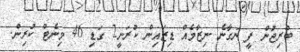
ބްރިޖުން ފީ ނަގާނެ ނިޒާމެއް ޑިޒައިން ކުރަނީ2 ގަޑި 46 މިނެޓް ކުރިން.